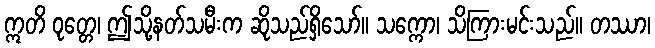
ဣတိ ဝုတ္တေ၊ ဤသို့နတ်သမီးက ဆိုသည်ရှိသော်။ သက္ကော၊ သိကြားမင်းသည်။ တဿာ၊